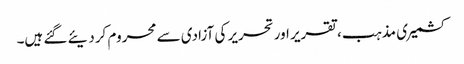
کشمیری مذہب، تقریر اور تحریر کی آزادی سے محروم کردیئے گئے ہیں۔